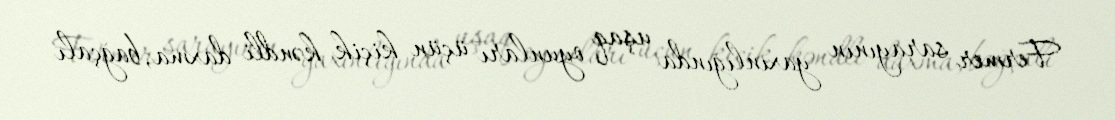
Fermer sarayının yaxınlığında uşaq oyunları üçün kiçik kəndli daxma, bağçalı